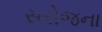
સરોજના